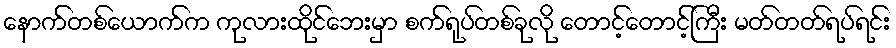
နောက်တစ်ယောက်က ကုလားထိုင်ဘေးမှာ စက်ရုပ်တစ်ခုလို တောင့်တောင့်ကြီး မတ်တတ်ရပ်ရင်း